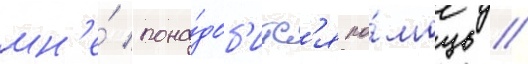
мн'е́ пона́доб'итс'я по́мощь /